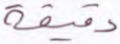
دقيقة